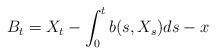
LaTeX: \begin{align*}B_t=X_t-\int_0^t b(s,X_s)ds-x\end{align*}